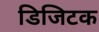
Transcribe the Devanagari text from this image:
डिजिटक